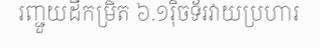
រញ្ជួយដីកម្រិត ៦.១រ៉ិចទ័រវាយប្រហារ